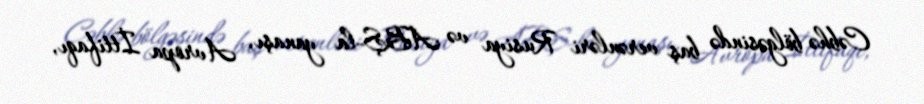
Cəbhə bölgəsində baş verənləri Rusiya və ABŞ-la yanaşı, Avropa İttifaqı,